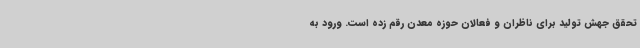
تحقق جهش تولید برای ناظران و فعالان حوزه معدن رقم زده است. ورود به